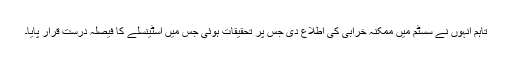
تاہم انہوں نے سسٹم میں ممکنہ خرابی کی اطلاع دی جس پر تحقیقات ہوئی جس میں اسٹینسلے کا فیصلہ درست قرار پایا۔